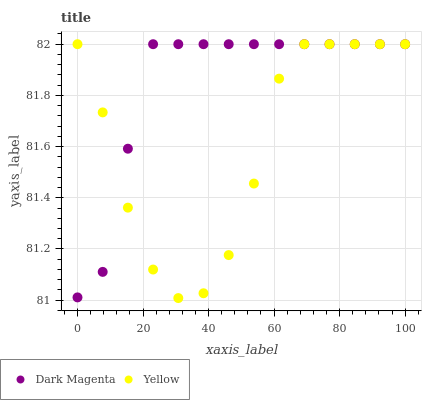
| xaxis_label | Dark Magenta | Yellow |
 | --- | --- | --- |
 | 0 | 81 | 82 |
 | 7.69 | 81.1 | 81.7 |
 | 15.4 | 81.6 | 81.4 |
 | 23.1 | 82 | 81.1 |
 | 30.8 | 82 | 81 |
 | 38.5 | 82 | 81 |
 | 46.2 | 82 | 81.2 |
 | 53.8 | 82 | 81.5 |
 | 61.5 | 82 | 81.9 |
 | 69.2 | 82 | 82 |
 | 76.9 | 82 | 82 |
 | 84.6 | 82 | 82 |
 | 92.3 | 82 | 82 |
 | 100 | 82 | 82 |